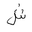
Letter: _shin